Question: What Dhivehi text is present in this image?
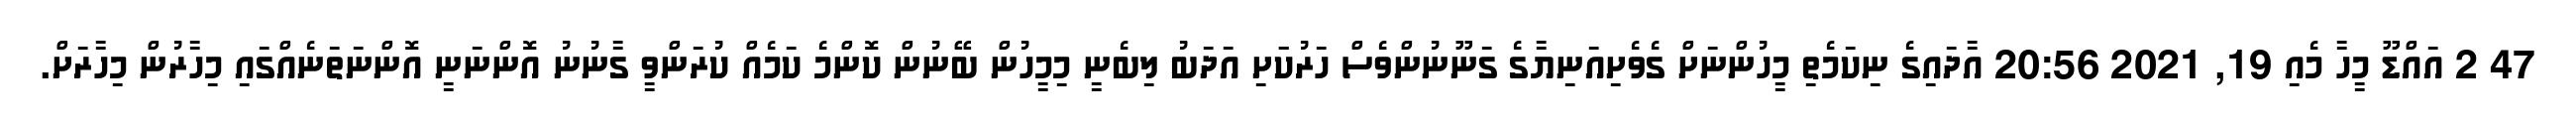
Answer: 47 2 އައްޑޫ މީހާ މެއި 19, 2021 20:56 އާދައިގެ ނިކަމެތި މީހުންނަށް ގެވެށިއަނިޔާގެ ގަނޫނުންވެސް ހަރުކަަށި އަދަބު ލިބެނީ މިމީހުން ބޭނުން ކޮންމެ ކަމެއް ކުރަންވީ ގާނުނު އޮންނަނީ އޮންނަތަނެއްގައި މިހާރުން މިހާރަށް.